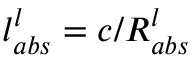
l _ { a b s } ^ { l } = c / R _ { a b s } ^ { l }